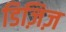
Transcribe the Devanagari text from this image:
डिज़िज़